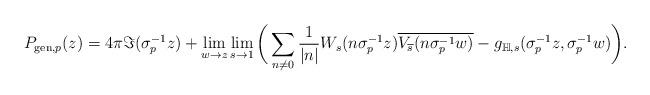
LaTeX: \begin{align*}P_{\mathrm{gen},p}( z)= 4\pi\Im(\sigma_{p}^{-1}z)+\lim_{w\rightarrow z}\lim_{s\rightarrow 1}\bigg(\sum_{n\neq0}\frac{1}{|n|}W_{s}(n\sigma_{p}^{-1}z)\overline{V_{\overline{s}}(n\sigma_{p}^{-1}w)}-g_{\mathbb{H},s}(\sigma_{p}^{-1}z,\sigma_{p}^{-1}w)\bigg). \end{align*}